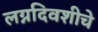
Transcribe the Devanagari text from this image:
लग्नदिवशीचे